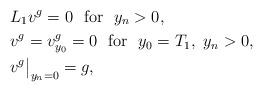
LaTeX: \begin{align*} &L_1v^g=0 \ \ \mbox{for}\ \ y_n>0,\\&v^g=v_{y_0}^g=0\ \ \mbox{for}\ \ y_0=T_1,\ y_n>0,\\&v^g\big|_{y_n=0}=g,\end{align*}